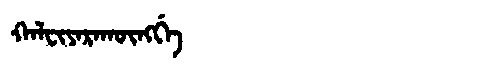
Manchu: ᡴᠠᠯᠸᡳᠶᠠᡵᠠᡴᡡᠩᡤᡝ
Romanization: KALFIYARAKŪNGGE